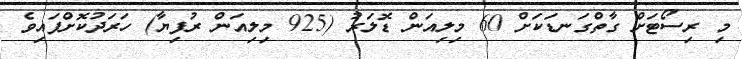
މި ރިސޯޓަށް ގާތްގަނޑަކަށް 60 މިލިއަން ޑޮލަރު (925 މިލިއަން ރުފިޔާ) ހަރަދުކޮށްފައިވެ